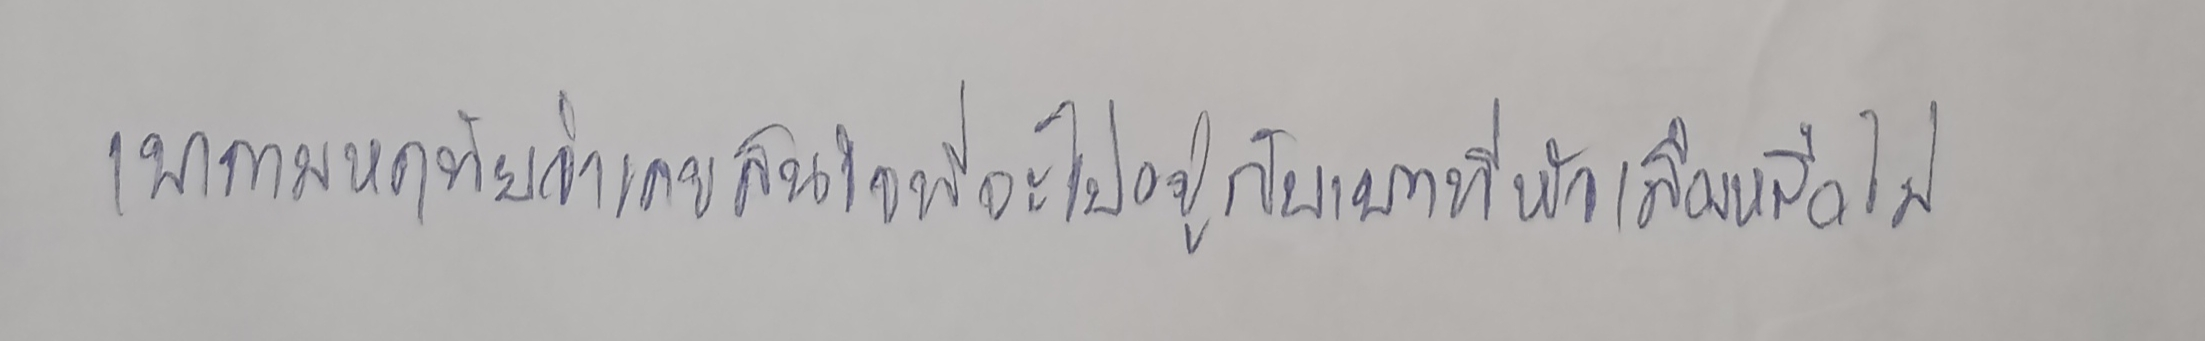
เขาถามหฤทัยว่าเคยสนใจที่จะไปอยู่กับเขาที่หัวเมืองหรือไม่